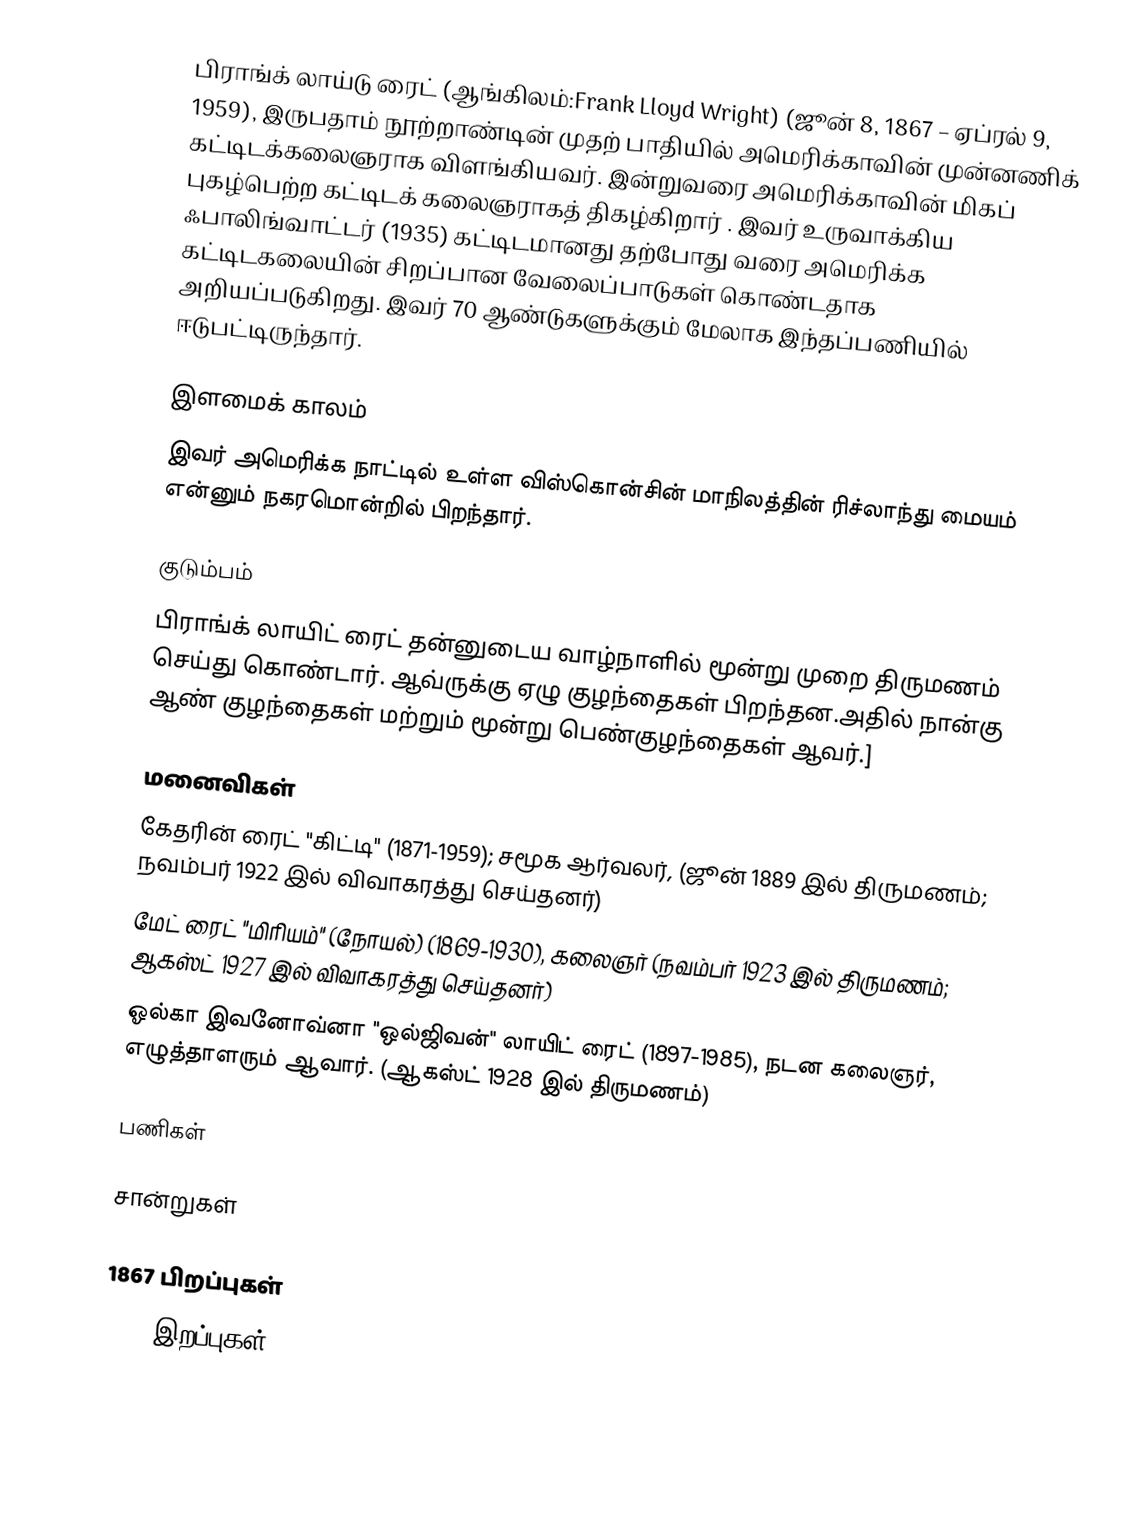
பிராங்க் லாய்டு ரைட் (ஆங்கிலம்:Frank Lloyd Wright) (ஜூன் 8, 1867 – ஏப்ரல் 9, 1959), இருபதாம் நூற்றாண்டின் முதற் பாதியில் அமெரிக்காவின் முன்னணிக் கட்டிடக்கலைஞராக விளங்கியவர். இன்றுவரை அமெரிக்காவின் மிகப் புகழ்பெற்ற கட்டிடக் கலைஞராகத் திகழ்கிறார் . இவர் உருவாக்கிய  ஃபாலிங்வாட்டர் (1935) கட்டிடமானது தற்போது வரை அமெரிக்க கட்டிடகலையின் சிறப்பான வேலைப்பாடுகள் கொண்டதாக அறியப்படுகிறது. இவர் 70 ஆண்டுகளுக்கும் மேலாக இந்தப்பணியில் ஈடுபட்டிருந்தார்.

இளமைக் காலம்
இவர் அமெரிக்க நாட்டில் உள்ள விஸ்கொன்சின் மாநிலத்தின் ரிச்லாந்து மையம் என்னும் நகரமொன்றில் பிறந்தார்.

குடும்பம்
பிராங்க் லாயிட் ரைட் தன்னுடைய வாழ்நாளில் மூன்று முறை திருமணம் செய்து கொண்டார். ஆவ்ருக்கு ஏழு குழந்தைகள் பிறந்தன.அதில் நான்கு ஆண் குழந்தைகள் மற்றும் மூன்று பெண்குழந்தைகள் ஆவர்.]

மனைவிகள்
 கேதரின் ரைட் "கிட்டி"   (1871-1959); சமூக ஆர்வலர்,  (ஜூன் 1889 இல் திருமணம்; நவம்பர் 1922 இல் விவாகரத்து செய்தனர்)
  மேட் ரைட் "மிரியம்" (நோயல்)  (1869-1930), கலைஞர் (நவம்பர் 1923 இல் திருமணம்; ஆகஸ்ட் 1927 இல் விவாகரத்து செய்தனர்)
 ஓல்கா இவனோவ்னா "ஒல்ஜிவன்" லாயிட் ரைட் (1897-1985), நடன கலைஞர், எழுத்தாளரும் ஆவார். (ஆகஸ்ட் 1928 இல் திருமணம்)

பணிகள்

சான்றுகள்

1867 பிறப்புகள்
1959 இறப்புகள்